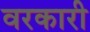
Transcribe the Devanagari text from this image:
वरकारी